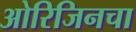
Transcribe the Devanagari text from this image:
ओरिजिनचा